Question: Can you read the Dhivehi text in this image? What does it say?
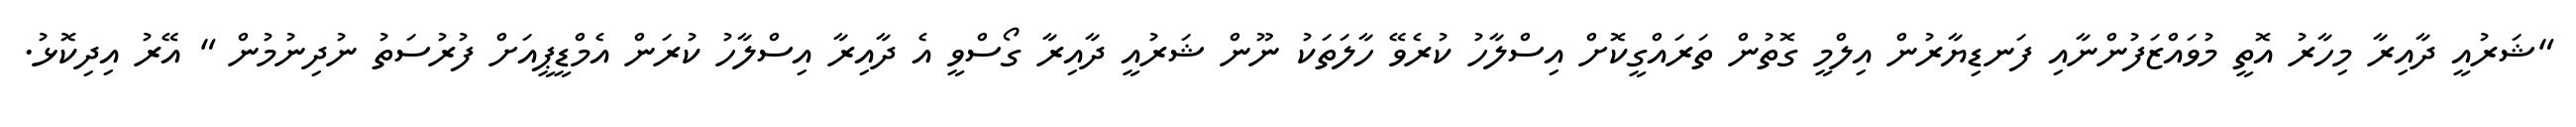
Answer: "ޝަރުއީ ދާއިރާ މިހާރު އޮތީ މުވައްޒަފުންނާއި ފަނޑިޔާރުން އިލްމީ ގޮތުން ތަރައްގީކޮށް އިސްލާހު ކުރެވޭ ހާލަތަކު ނޫން ޝަރުއީ ދާއިރާ ގޯސްވީ އެ ދާއިރާ އިސްލާހު ކުރަން އެމްޑީޕީއަށް ފުރުސަތު ނުދިނުމުން " އޭރު އިދިކޮޅު.